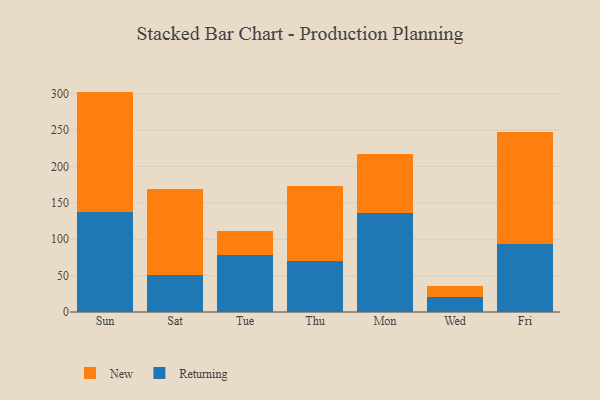
{"axis": {"x": "Day", "y": "Bounce Rate (%)"}, "legend": ["New", "Returning"], "data": [{"x": "Sun", "y": 136.8, "type": "Returning"}, {"x": "Sun", "y": 165.8, "type": "New"}, {"x": "Sat", "y": 50.7, "type": "Returning"}, {"x": "Sat", "y": 118.2, "type": "New"}, {"x": "Tue", "y": 78.8, "type": "Returning"}, {"x": "Tue", "y": 33.1, "type": "New"}, {"x": "Thu", "y": 70.3, "type": "Returning"}, {"x": "Thu", "y": 103.0, "type": "New"}, {"x": "Mon", "y": 136.2, "type": "Returning"}, {"x": "Mon", "y": 81.4, "type": "New"}, {"x": "Wed", "y": 21.1, "type": "Returning"}, {"x": "Wed", "y": 14.1, "type": "New"}, {"x": "Fri", "y": 92.7, "type": "Returning"}, {"x": "Fri", "y": 154.6, "type": "New"}]}